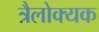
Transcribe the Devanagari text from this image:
त्रैलोक्यक